Leaving Certificate Examination, 1911
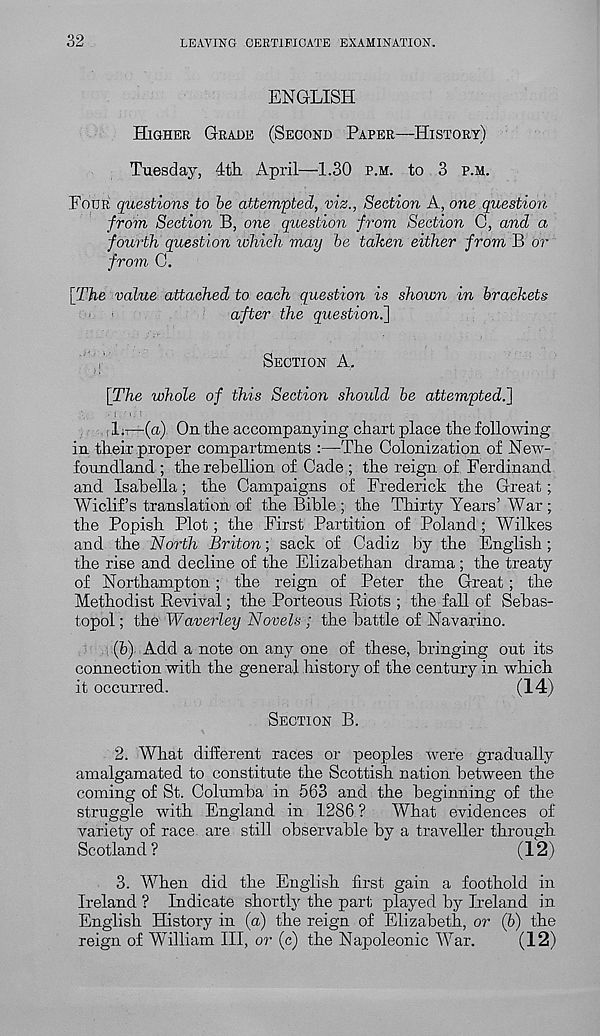
32
LEAVING CERTIFICATE EXAMINATION.
ENGLISH
Higher Grade (Second Paper—History)
Tuesday, 4th. April—1.30 p.m. to 3 p.m.
Four questions to be attempted, viz., Section A, one question
from Section B, one question from Section C, and a
fourth question which may be taken either from B or
from. C.
[The value attached to each question is shown in brackets
after the question^]
Section A.
[The whole of this Section should be attempted.']
rljT—(a) On the accompanying chart place the following
in their proper compartments :—The Colonization of New-
foundland ; the rebellion of Cade ; the reign of Ferdinand
and Isabella; the Campaigns of Frederick the Great;
Wiclif’s translation of the Bible ; the Thirty Years’ War ;
the Popish Plot; the First Partition of Poland; Wilkes
and the North Briton; sack of Cadiz by the English;
the rise and decline of the Elizabethan drama ; the treaty
of Northampton; the reign of Peter the Great; the
Methodist Revival; the Porteous Riots ; the fall of Sebas-
topol ; the Waverley Novels ; the battle of Navarino.
(b) Add a note on any one of these, bringing out its
connection with the general history of the century in which
it occurred.
(14)
Section B.
2. What different races or peoples were gradually
amalgamated to constitute the Scottish nation between the
coming of St. Columba in 563 and the beginning of the
struggle with England in 1286 ?
What evidences of
variety of race are still observable by a traveller through
Scotland?
(12)
3. When did the English first gain a foothold in
Ireland ? Indicate shortly the part played by Ireland in
English History in (a) the reign of Elizabeth, or (b) the
reign of William III, or (c) the Napoleonic War.
(12)